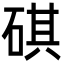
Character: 䃆